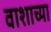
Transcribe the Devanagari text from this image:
वाशाच्या